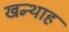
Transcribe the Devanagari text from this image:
खन्‍थाह